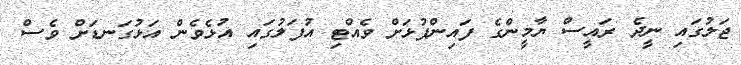
ޖަލުގައި ނީދެ ރައީސް ޔާމީންގެ ފައިންޕުޅަށް ވެއްޓި އުފަލުގައި އުޅެވެން އަޅުގަނޑަށް ވެސް